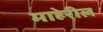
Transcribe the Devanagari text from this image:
माहेरील